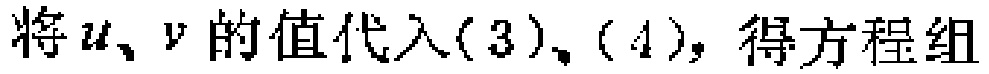
将\(u、v\)的值代入\((3)、(4)\)，得方程组